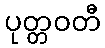
ပုတ္တဝတီ